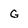
Character: G